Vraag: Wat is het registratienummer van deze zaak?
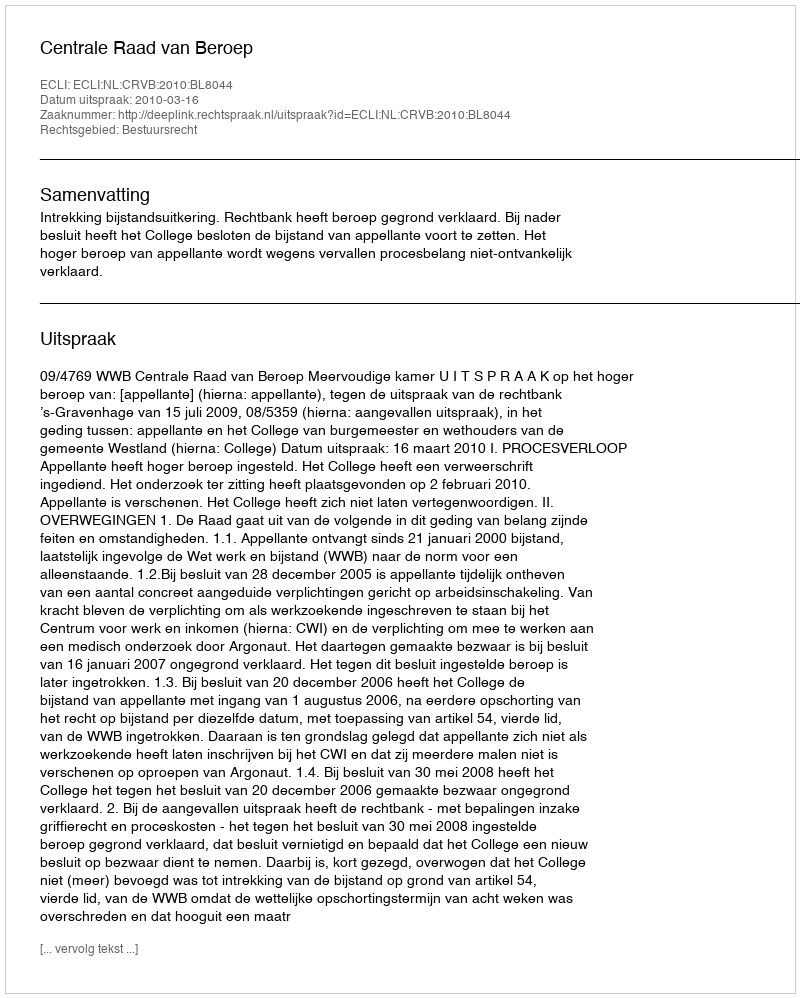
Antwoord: http://deeplink.rechtspraak.nl/uitspraak?id=ECLI:NL:CRVB:2010:BL8044